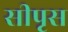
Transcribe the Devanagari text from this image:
सीपृस